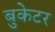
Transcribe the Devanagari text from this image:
बुकेटर